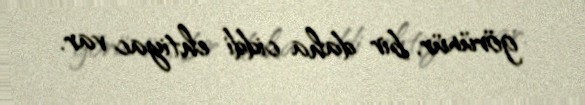
görünür, bir daha ciddi ehtiyac var.